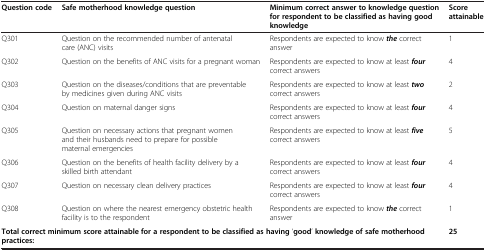
| Question code | Safe motherhood knowledge question | Minimum correct answer to knowledge question for respondent to be classified as having good knowledge | Score attainable |
 | --- | --- | --- | --- |
 | Q301 | Question on the recommended number of antenatal care (ANC) visits | Respondents are expected to know the correct answer | 1 |
 | Q302 | Question on the benefits of ANC visits for a pregnant woman | Respondents are expected to know at least four correct answers | 4 |
 | Q303 | Question on the diseases/conditions that are preventable by medicines given during ANC visits | Respondents are expected to know at least two correct answers | 2 |
 | Q304 | Question on maternal danger signs | Respondents are expected to know at least four correct answers | 4 |
 | Q305 | Question on necessary actions that pregnant women and their husbands need to prepare for possible maternal emergencies | Respondents are expected to know at least five correct answers | 5 |
 | Q306 | Question on the benefits of health facility delivery by a skilled birth attendant | Respondents are expected to know at least four correct answers | 4 |
 | Q307 | Question on necessary clean delivery practices | Respondents are expected to know at least four correct answers | 4 |
 | Q308 | Question on where the nearest emergency obstetric health facility is to the respondent | Respondents are expected to know the correct answer | 1 |
 | <COLSPAN=3> Total correct minimum score attainable for a respondent to be classified as having 'good’ knowledge of safe motherhood practices: | 25 |